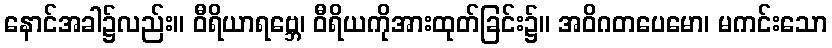
နောင်အခါ၌လည်း။ ဝီရိယာရဗ္ဘေ၊ ဝီရိယကိုအားထုတ်ခြင်း၌။ အဝိဂတပေမော၊ မကင်းသော